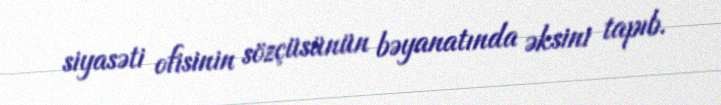
siyasəti ofisinin sözçüsünün bəyanatında əksini tapıb.